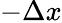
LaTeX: -\Delta x